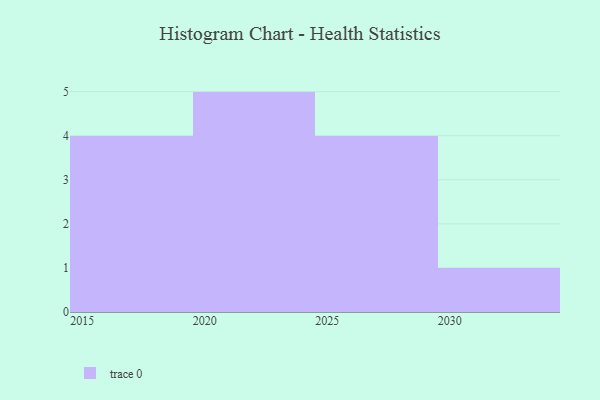
{"axis": {"x": "Year", "y": "Latency (ms)"}, "legend": [""], "data": [{"x": "2029", "y": 20, "type": ""}, {"x": "2027", "y": 73, "type": ""}, {"x": "2015", "y": 19, "type": ""}, {"x": "2022", "y": 24, "type": ""}, {"x": "2019", "y": 37, "type": ""}, {"x": "2023", "y": 26, "type": ""}, {"x": "2030", "y": 61, "type": ""}, {"x": "2016", "y": 37, "type": ""}, {"x": "2025", "y": 43, "type": ""}, {"x": "2024", "y": 97, "type": ""}, {"x": "2026", "y": 38, "type": ""}, {"x": "2021", "y": 68, "type": ""}, {"x": "2018", "y": 14, "type": ""}, {"x": "2020", "y": 31, "type": ""}]}